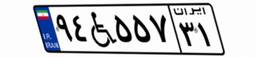
۹۴W۵۵۷۳۱